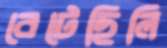
বেটেছিলি